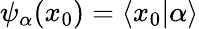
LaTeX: \psi_{\alpha}(x_{0})=\langle x_{0}|\alpha\rangle